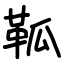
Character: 䩝